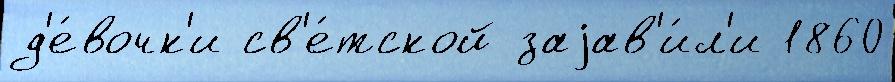
д'е́вочк'и св'е́тской заjав'и́л'и 1860